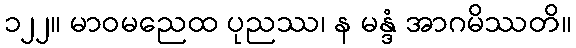
၁၂၂။ မာဝမညေထ ပုညဿ၊ န မန္ဒံ အာဂမိဿတိ။